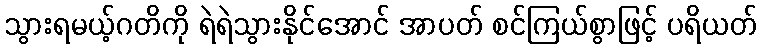
သွားရမယ့်ဂတိကို ရဲရဲသွားနိုင်အောင် အာပတ် စင်ကြယ်စွာဖြင့် ပရိယတ်